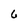
Character: 6